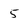
Character: 5